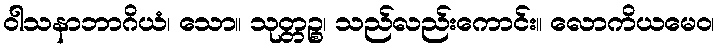
ဝါသနာဘာဂိယံ၊ သော။ သုတ္တဉ္စ၊ သည်လည်းကောင်း။ လောကိယမေဝ၊